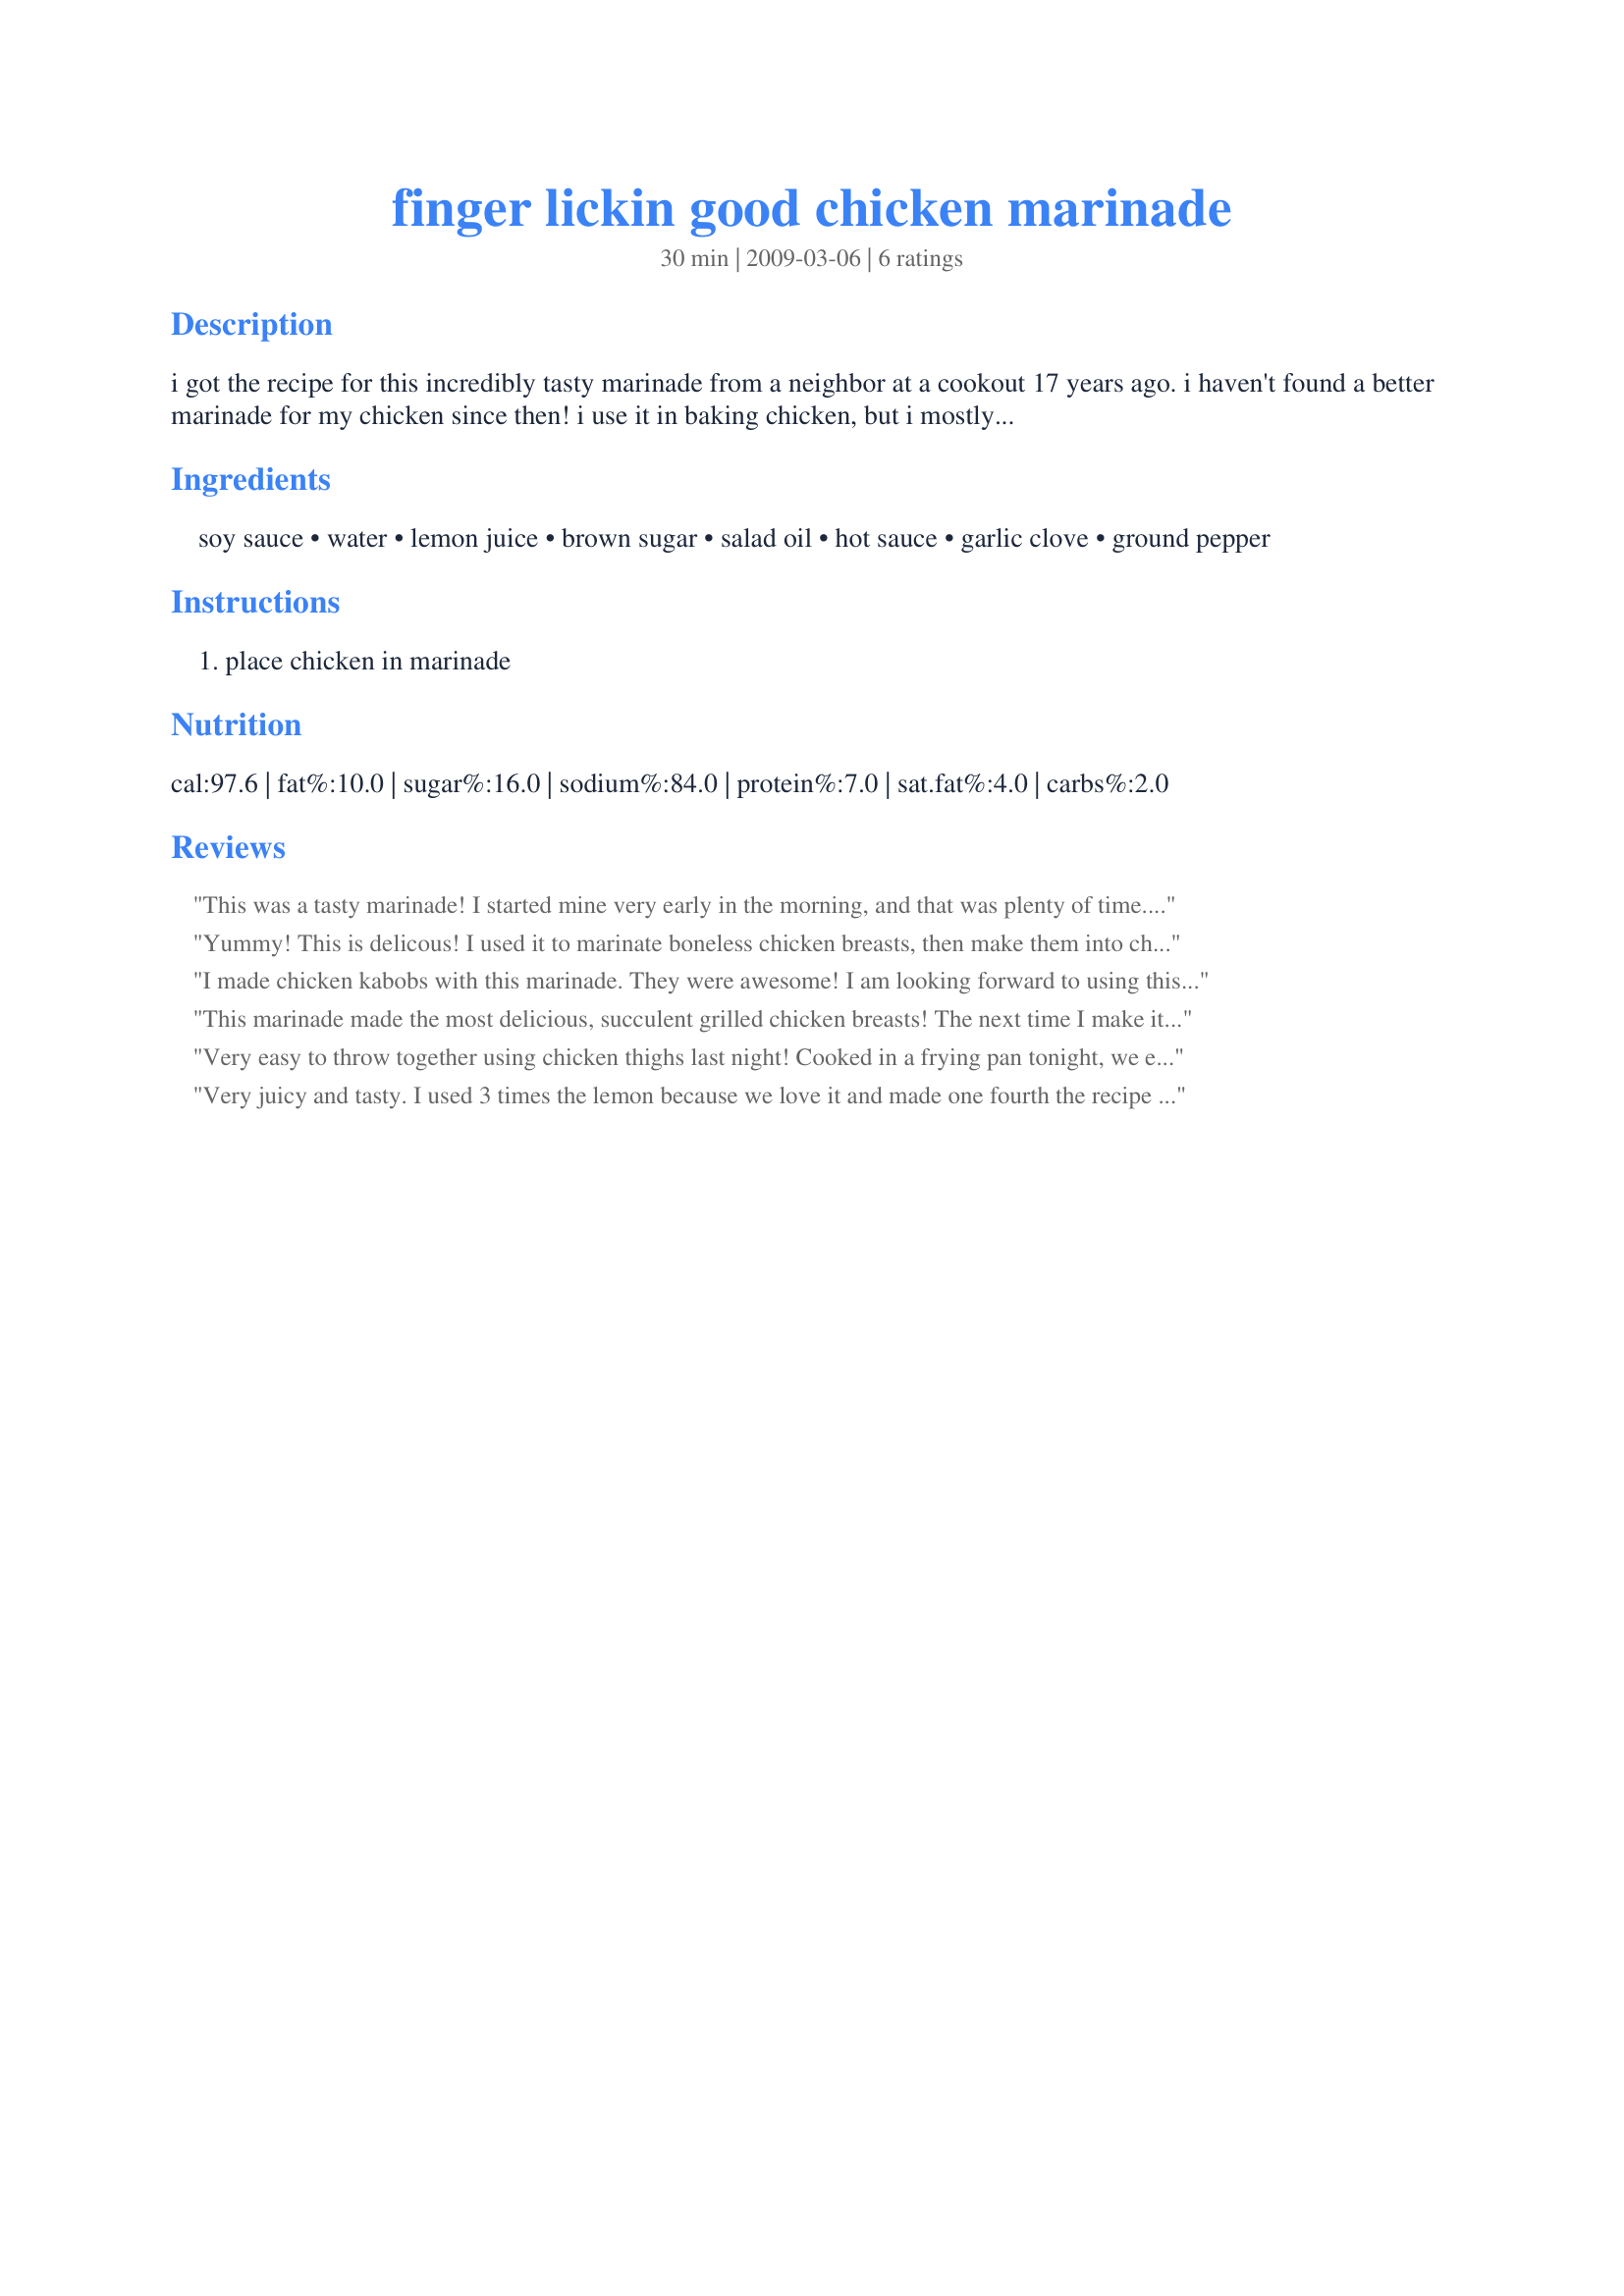
finger lickin good chicken marinade
Preparation time: 30 minutes

i got the recipe for this incredibly tasty marinade from a neighbor at a cookout 17 years ago. i haven't found a better marinade for my chicken since then! i use it in baking chicken, but i mostly use it to grill chicken sandwiches, topped with muenster cheese on a grilled kaiser roll. yummy!

Ingredients:
soy sauce, water, lemon juice, brown sugar, salad oil, hot sauce, garlic clove, ground pepper

Steps:
place chicken in marinade

Reviews:
This was a tasty marinade! I started mine very early in the morning, and that was plenty of time. Tender and moist after grilling, it also had a great flavor! I may try it on a sandwich next time! Thanks for sharing, SuzieQ in Fairfax!
Yummy! This is delicous! I used it to marinate boneless chicken breasts, then make them into chicken sandwiches on kaiser rolls as suggested. I will try it on BBQ'd chicken this Spring. This time I broiled the chicken breasts. I let the chicken breasts sit in the marinade for about 2 days. They were an ugly color, but very flavorful.
I made chicken kabobs with this marinade. They were awesome! I am looking forward to using this marinade again!
This marinade made the most delicious, succulent grilled chicken breasts! The next time I make it I'll take your suggestion and make chicken sandwiches on Kaiser rolls. Yum!
Made for Spring 2010 Pick A Chef.
Very easy to throw together using chicken thighs last night! Cooked in a frying pan tonight, we enjoyed the thighs cut up in wraps with avocado, tomato, lettuce, a bit of cheese and sour cream. Made for 2009 Favourites tag and I would make it again. Thanks SuzieQ! :)
Very juicy and tasty. I used 3 times the lemon because we love it and made one fourth the recipe for 2 breasts (which was way more than enough). I might do even half of that - even with the reduced sodium soy sauce, it does have a fair amount of saltiness.
